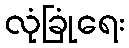
လုံခြုံရေး